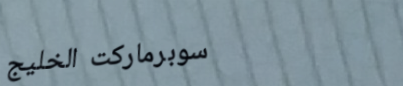
سوبرماركت الخليج